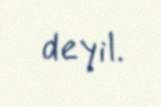
deyil.